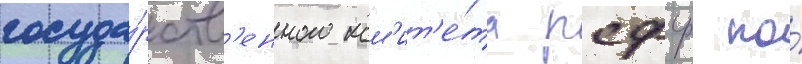
госуда́рств'енного ком'ит'е́та рсфср по́